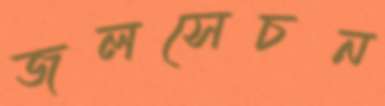
জলসেচন